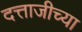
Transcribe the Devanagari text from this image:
दत्ताजीच्या